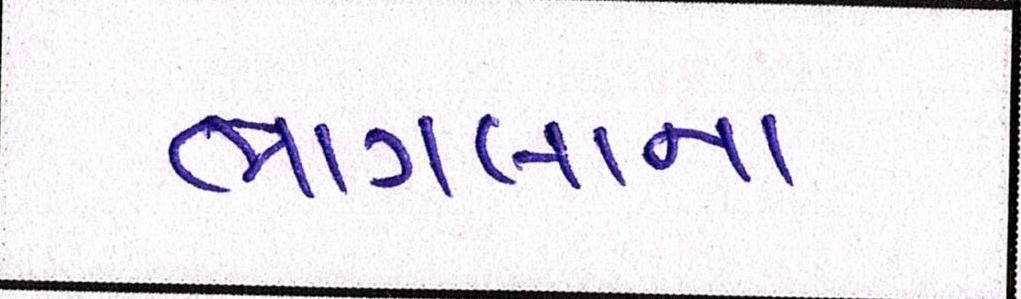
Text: ભાગલાના